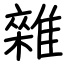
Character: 雜